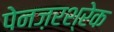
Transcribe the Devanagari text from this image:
पेनज़रश्रेक